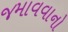
જમાવવાનો